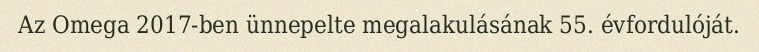
Az Omega 2017-ben ünnepelte megalakulásának 55. évfordulóját.